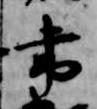
書